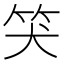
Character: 𥬇